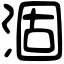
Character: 涸